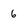
Character: 6